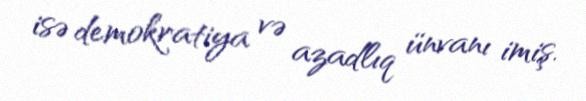
isə demokratiya və azadlıq ünvanı imiş.